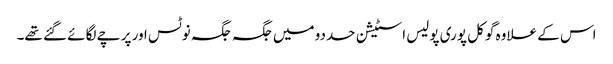
اس کے علاوہ گوکل پوری پولیس اسٹیشن حددو میں جگہ جگہ نوٹس اور پرچے لگائے گئے تھے۔